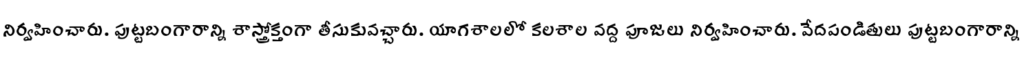
నిర్వహించారు. పుట్టబంగారాన్ని శాస్త్రోక్తంగా తీసుకువచ్చారు. యాగశాలలో కలశాల వద్ద పూజలు నిర్వహించారు. వేదపండితులు పుట్టబంగారాన్ని